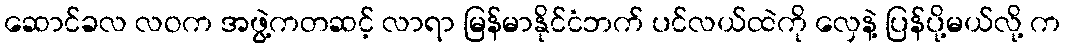
ဆောင်ခလ လဝက အဖွဲ့ကတဆင့် လာရာ မြန်မာနိုင်ငံဘက် ပင်လယ်ထဲကို လှေနဲ့ ပြန်ပို့မယ်လို့ က